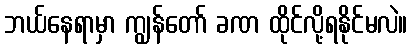
ဘယ်နေရာမှာ ကျွန်တော် ခဏ ထိုင်လို့ရနိုင်မလဲ။